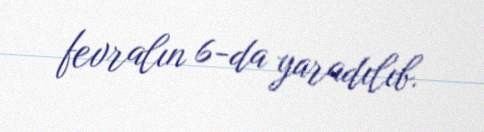
fevralın 6-da yaradılıb.